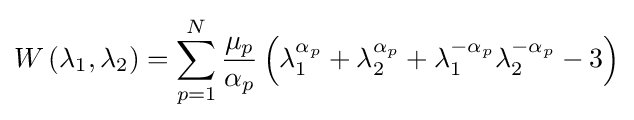
W\left(\lambda _{1},\lambda _{2}\right)=\sum _{p=1}^{N}{\frac {\mu _{p}}{\alpha _{p}}}\left(\lambda _{1}^{\alpha _{p}}+\lambda _{2}^{\alpha _{p}}+\lambda _{1}^{-\alpha _{p}}\lambda _{2}^{-\alpha _{p}}-3\right)